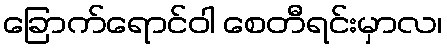
ခြောက်ရောင်ဝါ စေတီရင်းမှာလ၊